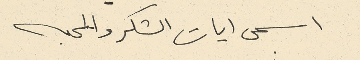
اسمى ايات الشكر والمحبه